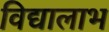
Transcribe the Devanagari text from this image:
विद्यालाभ